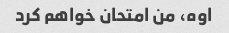
اوه، من امتحان خواهم کرد